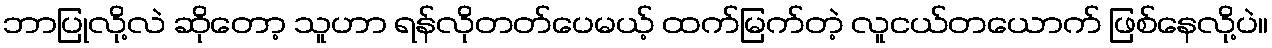
ဘာပြုလို့လဲ ဆိုတော့ သူဟာ ရန်လိုတတ်ပေမယ့် ထက်မြက်တဲ့ လူငယ်တယောက် ဖြစ်နေလို့ပဲ။